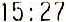
15:27